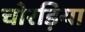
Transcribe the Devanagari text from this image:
चोरड़िया